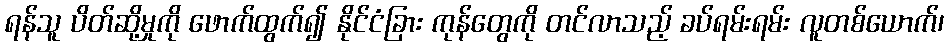
ရန်သူ ပိတ်ဆို့မှုကို ဖောက်ထွက်၍ နိုင်ငံခြား ကုန်တွေကို တင်လာသည့် ခပ်ရမ်းရမ်း လူတစ်ယောက်၊